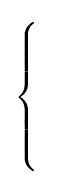
{\begin{cases}\\\\\\\\\end{cases}}